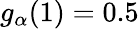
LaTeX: g_{\alpha}(1)=0.5